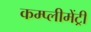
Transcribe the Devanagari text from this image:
कम्प्लीमेंट्री